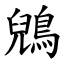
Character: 鶂